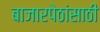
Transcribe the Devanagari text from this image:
बाजारपेठांसाठी